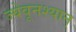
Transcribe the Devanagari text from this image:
ज्येवूनश्यान्